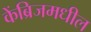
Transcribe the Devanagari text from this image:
केंब्रिजमधील